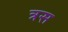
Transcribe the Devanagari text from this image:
त्रस